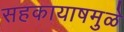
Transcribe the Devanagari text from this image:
सहकायाषमुळे